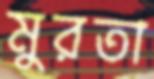
মুরতা